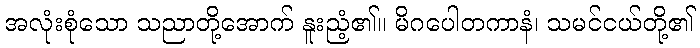
အလုံးစုံသော သညာတို့အောက် နူးညံ့၏။ မိဂပေါတကာနံ၊ သမင်ငယ်တို့၏